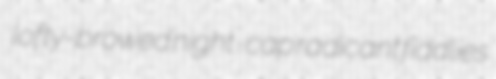
lofty-browed night-cap radicant fiddlies